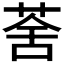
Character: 𦲧